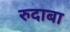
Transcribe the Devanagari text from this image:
रुदाबा